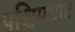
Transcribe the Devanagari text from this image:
पश्चिमघाट